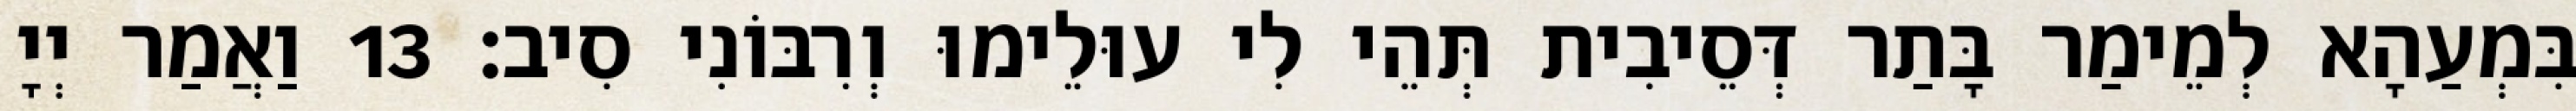
בִּמְעַהָא לְמֵימַר בָּתַר דְּסֵיבִית תְּהֵי לִי עוּלֵימוּ וְרִבּוֹנִי סִיב׃ 13 וַאֲמַר יְיָ